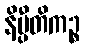
နိပ္ပီတိကဉ္စ